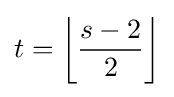
t=\left\lfloor {\frac {s-2}{2}}\right\rfloor